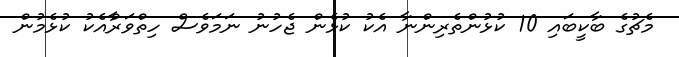
މެޗުގެ ބާކީބައި 10 ކުޅުންތެރިންނާ އެކު ކުޅެން ޖެހުނު ނަމަވެސް ހިތްވަރާްއެކު ކުޅެމުން